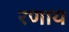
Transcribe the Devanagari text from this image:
रणाय